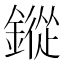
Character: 鏦